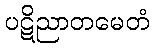
ပဋိညာတမေတံ